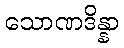
သောဏဒိန္နာ